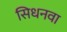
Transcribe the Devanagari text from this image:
सिधनवा